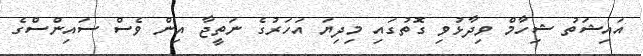
އައިޝަތު ޝިހާމް ވިދާޅުވި ގޮތުގައި މިދިޔަ އަހަރުގެ ނަތީޖާ އިން ވެސް ސައިންސްގެ